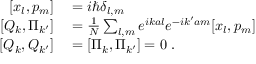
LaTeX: \begin{array} { r l } { \left[ x _ { l } , p _ { m } \right] } & { { } = i \hbar \delta _ { l , m } } \\ { \left[ Q _ { k } , \Pi _ { k ^ { \prime } } \right] } & { { } = { \frac { 1 } { N } } \sum _ { l , m } e ^ { i k a l } e ^ { - i k ^ { \prime } a m } [ x _ { l } , p _ { m } ] } \\ { \left[ Q _ { k } , Q _ { k ^ { \prime } } \right] } & { { } = \left[ \Pi _ { k } , \Pi _ { k ^ { \prime } } \right] = 0 ~ . } \end{array}